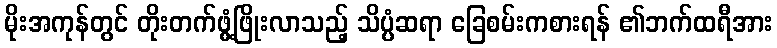
မိုးအကုန်တွင် တိုးတက်ဖွံ့ဖြိုးလာသည့် သိပ္ပံဆရာ ခြေစမ်းကစားရန် ၏ဘက်ထရီအား